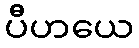
ပီဟယေ